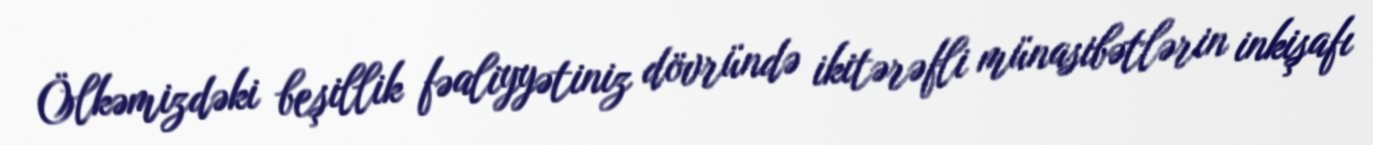
Ölkəmizdəki beşillik fəaliyyətiniz dövründə ikitərəfli münasibətlərin inkişafı